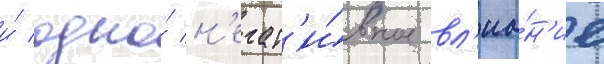
и́ одно́ н'егат'и́вное вл'иа́н'ие